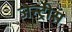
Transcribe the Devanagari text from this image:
जेन्ट्रीस